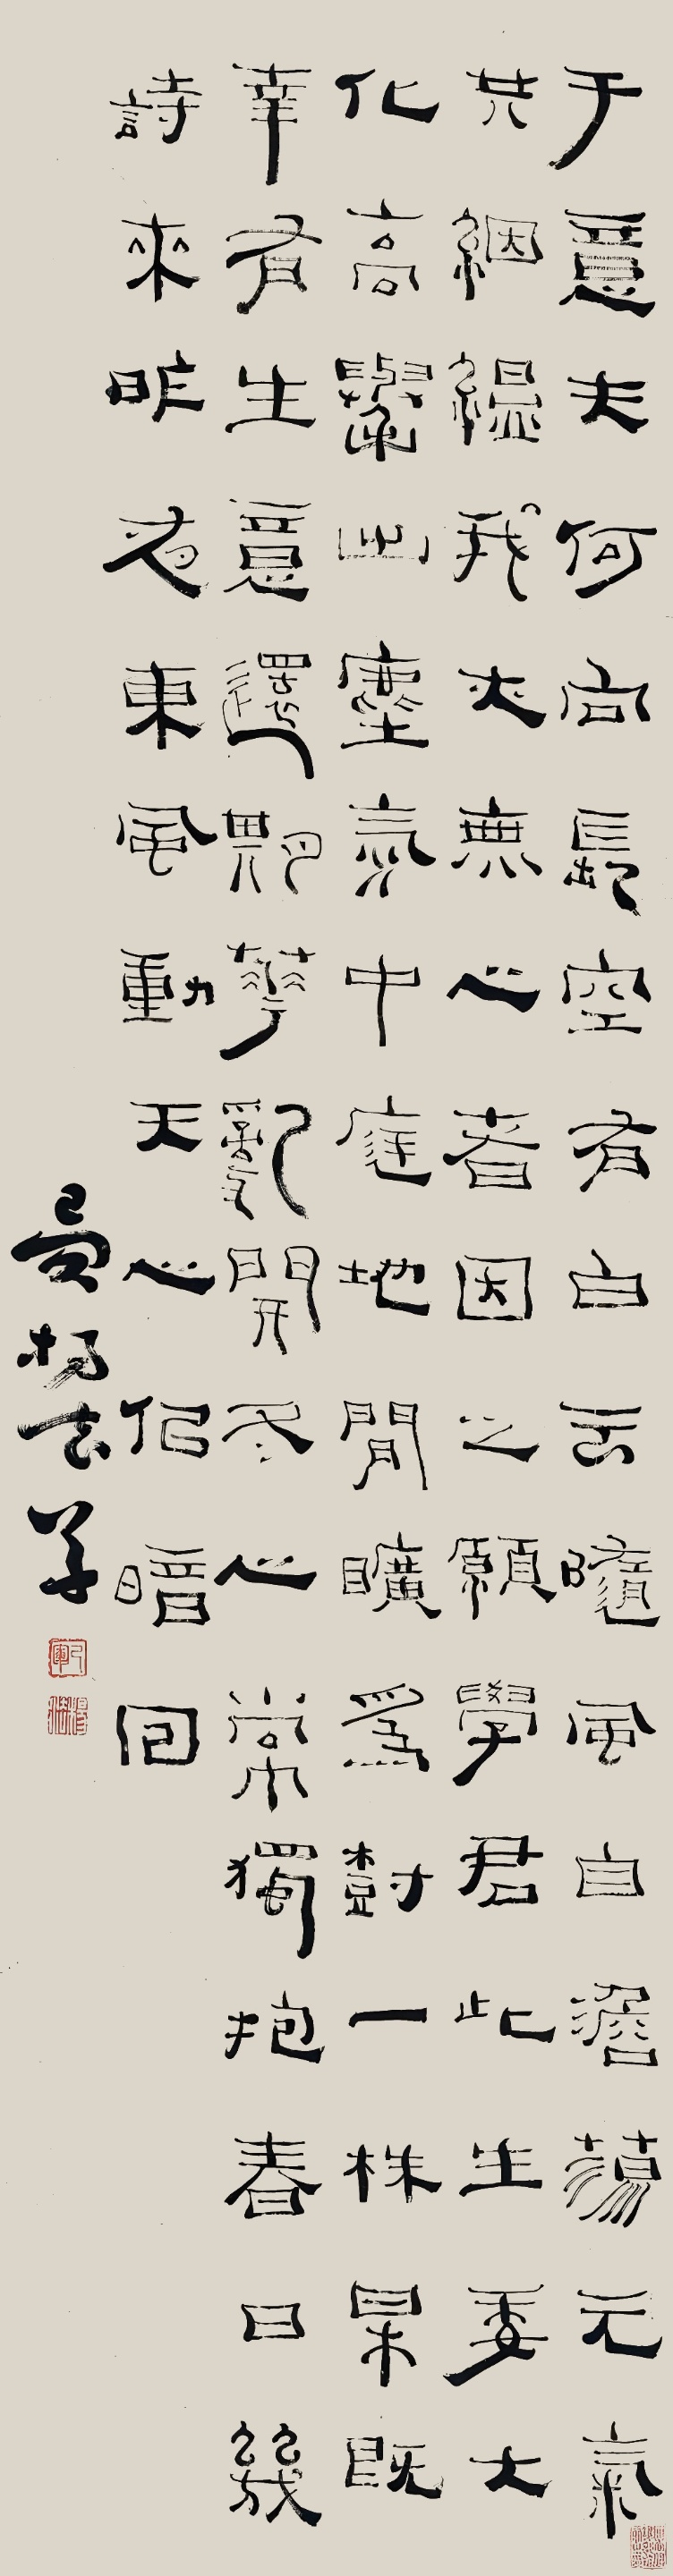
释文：于意夫何向，长空有白云。随风自淡荡，元气共𬘡缊。我亦无心者，因之愿学君。此生委大化，高举出尘氛。中庭地间旷，为树一株梅。既幸有生意，还期花乱开。冬心常独抱，春日几诗来。昨夜东风动，天心似暗回。已军杨法草。